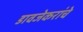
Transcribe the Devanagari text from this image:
डावजेकरांचे